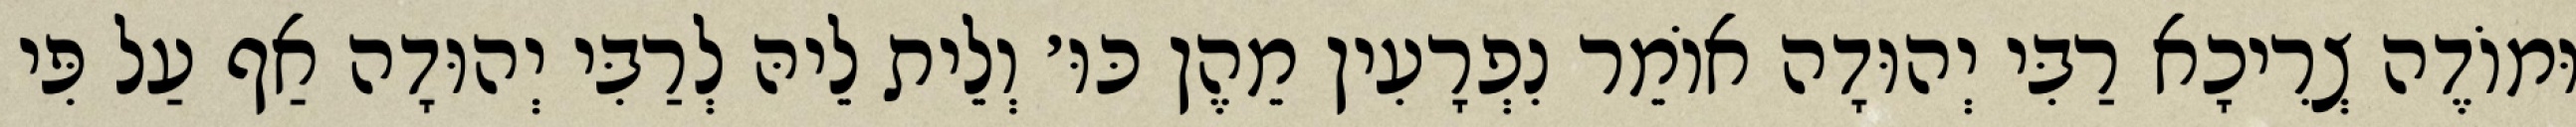
וּמוֹדֶה צְרִיכָא רַבִּי יְהוּדָה אוֹמֵר נִפְרָעִין מֵהֶן כּוּ׳ וְלֵית לֵיהּ לְרַבִּי יְהוּדָה אַף עַל פִּי